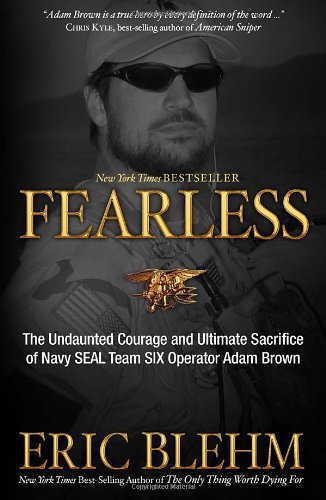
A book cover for Fearless: The Undaunted Courage and Ultimate Sacrifice of Navy SEAL Team SIX Operator Adam Brown; Eric Blehm; Biographies & Memoirs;